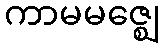
ကာမမဇ္ဈေ